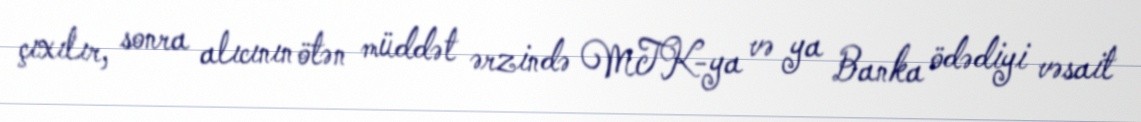
çıxılır, sonra alıcının ötən müddət ərzində MTK-ya və ya Banka ödədiyi vəsait